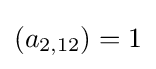
(a_{2,12})=1